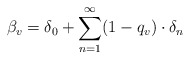
\begin{align*} \beta_v=\delta_0+\sum_{n=1}^\infty (1-q_v)\cdot\delta_n\,\end{align*}